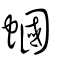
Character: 蟈